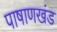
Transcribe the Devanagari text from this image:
पाषाणखंड